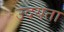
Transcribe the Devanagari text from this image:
उदयता